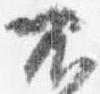
不